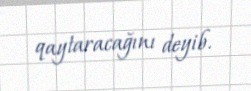
qaytaracağını deyib.